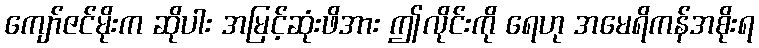
ကျော်ဇင်မိုးက ဆိုပါး အမြင့်ဆုံးဖိအား ဤလိုင်းကို ရေဟု အမေရိကန်အစိုးရ